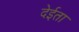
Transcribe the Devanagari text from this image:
देईता